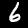
Digit: 6